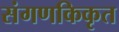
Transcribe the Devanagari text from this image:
संगणकिकृत